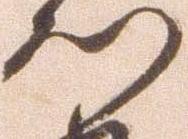
つ